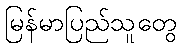
မြန်မာပြည်သူတွေ